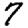
Digit: 7